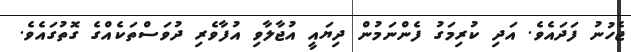
ޖެހުނު ފަދައެވެ. އަދި ކުރިމަގު ފެންނަމުން ދިޔައީ އުޖާލާވި އުފާވެރި ދުވަސްތަކެއްގެ ގޮތުގައެވެ.